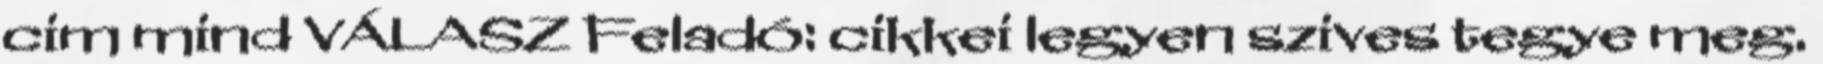
cim mind VÁLASZ Feladó: cikkei legyen szives tegye meg.